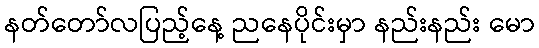
နတ်တော်လပြည့်နေ့ ညနေပိုင်းမှာ နည်းနည်း မော